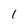
Character: 1